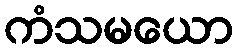
ကံသမယော